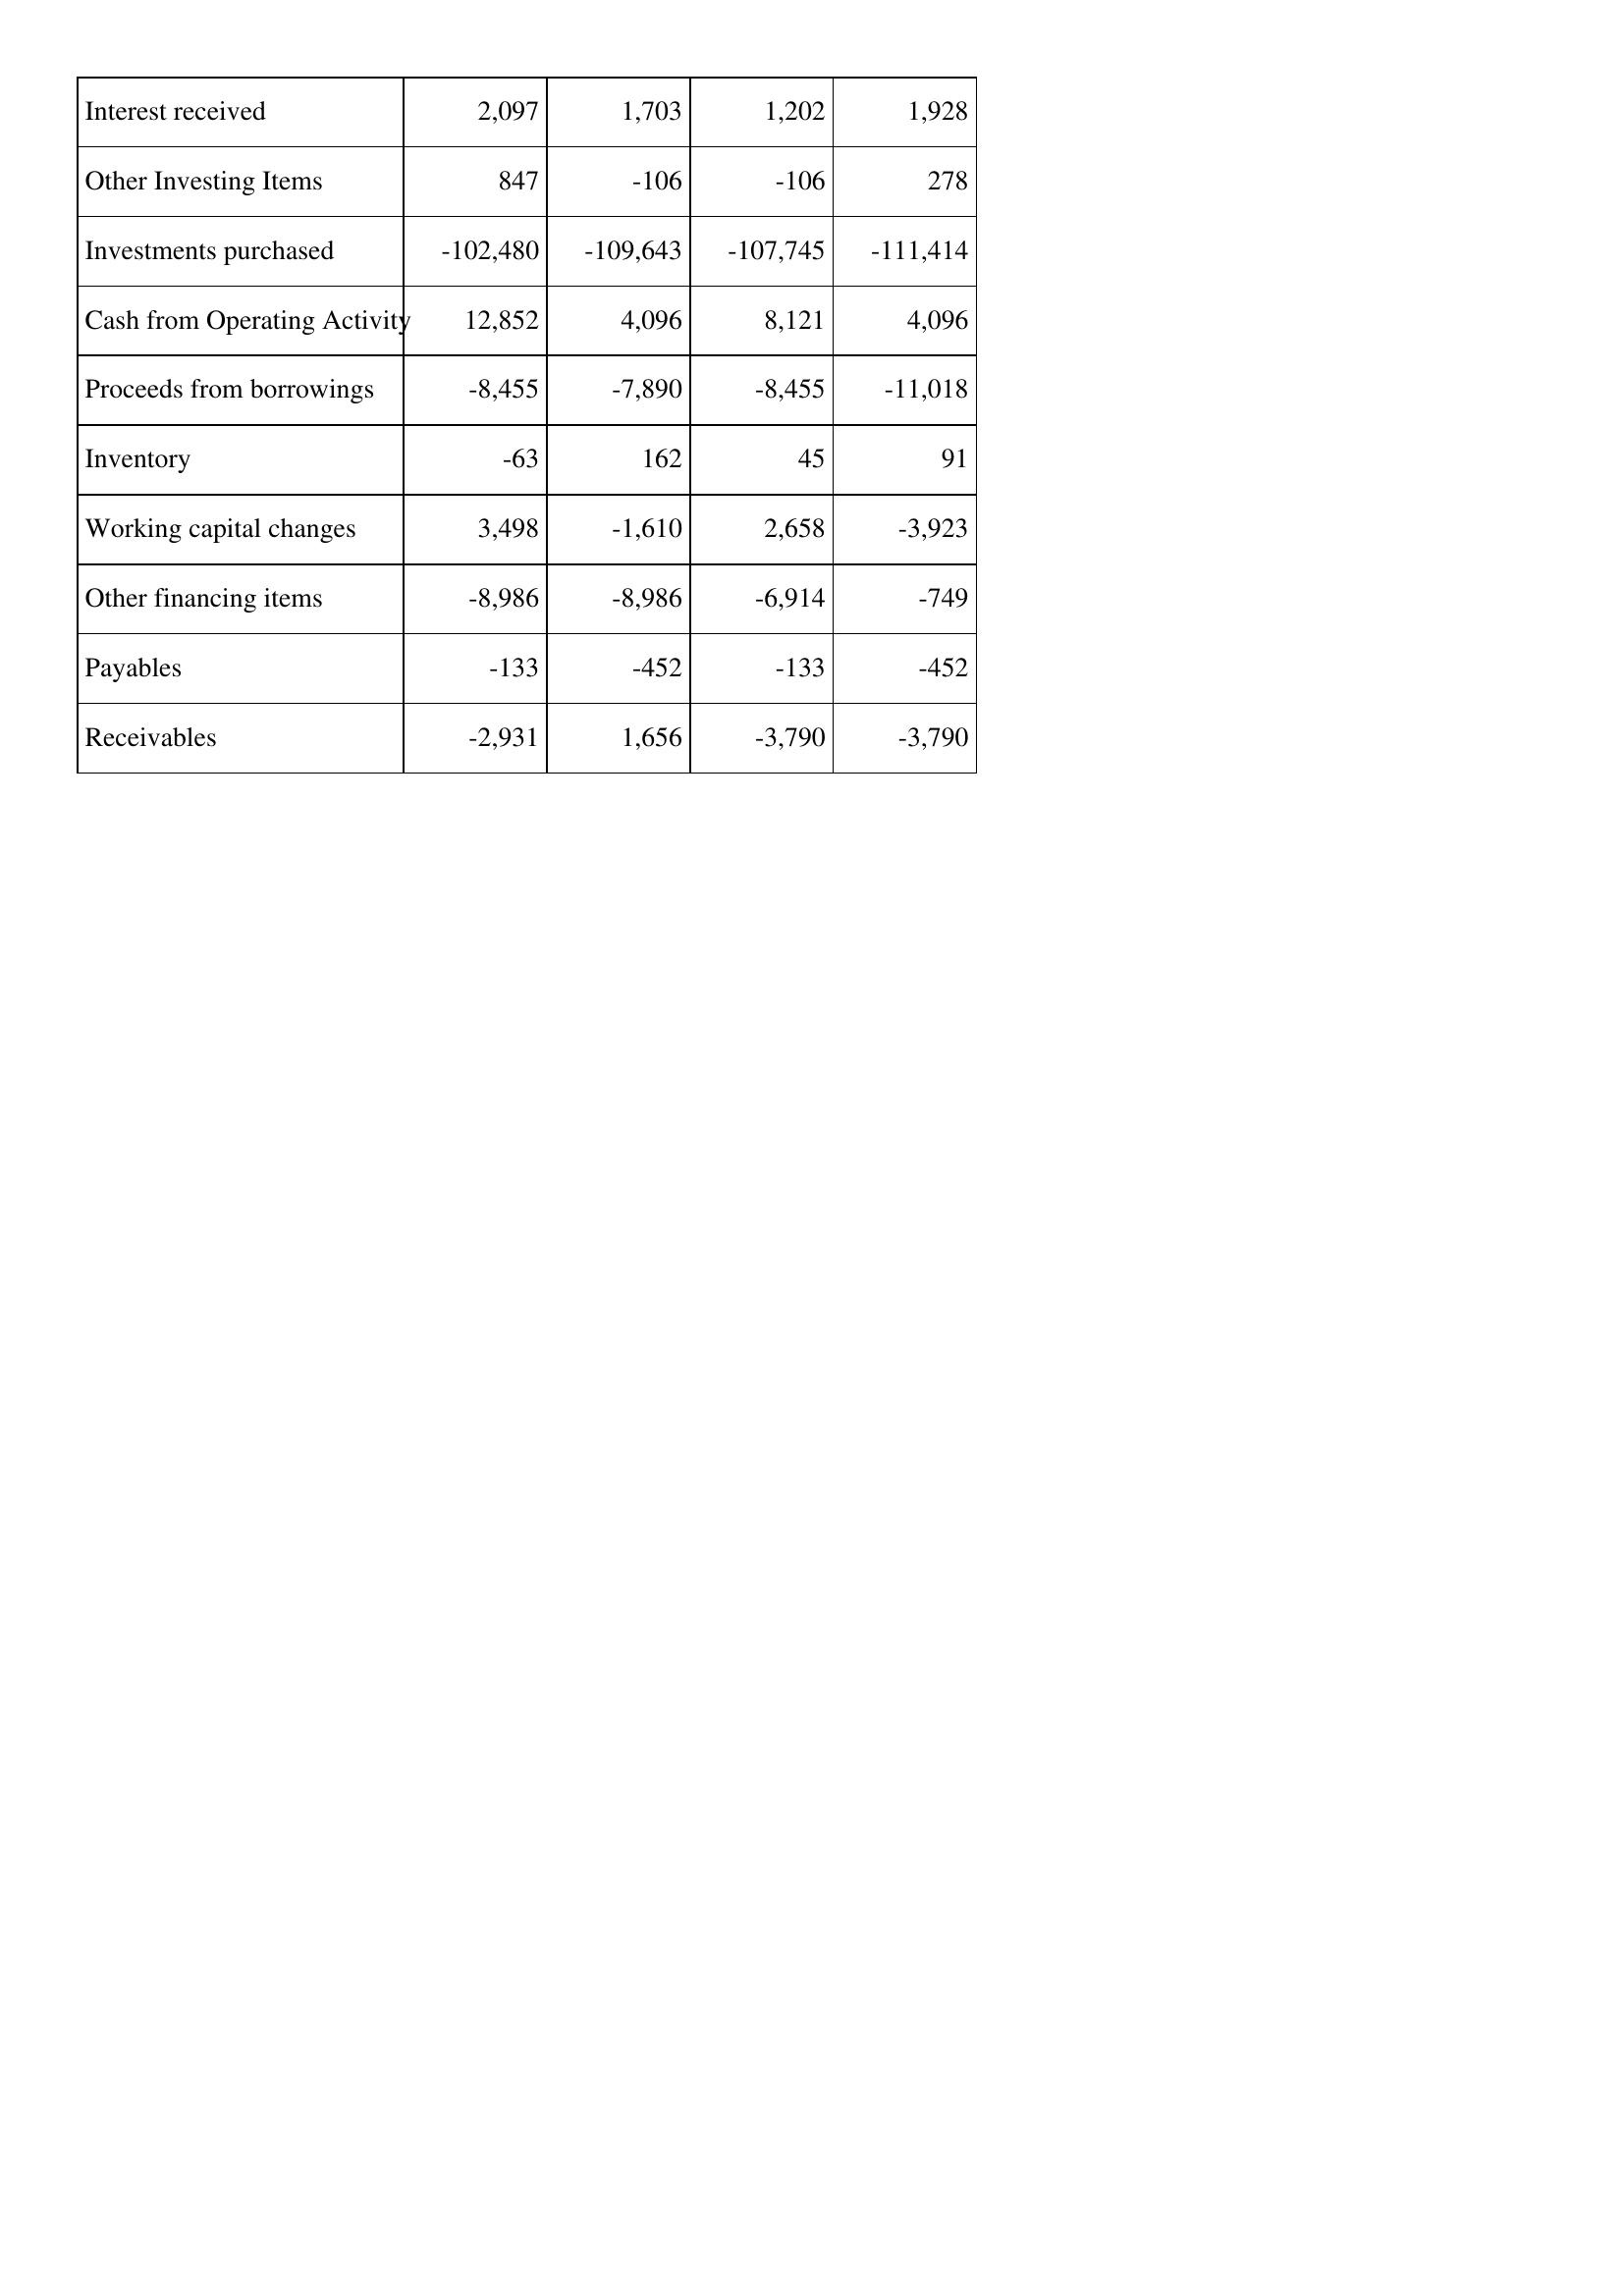
Mar-05: Cash Flows: Interest received: 2,097
Other Investing Items: 847
Investments purchased: -102,480
Cash from Operating Activity: 12,852
Proceeds from borrowings: -8,455
Inventory: -63
Working capital changes: 3,498
Other financing items: -8,986
Payables: -133
Receivables: -2,931
Mar-04: Cash Flows: Interest received: 1,703
Other Investing Items: -106
Investments purchased: -109,643
Cash from Operating Activity: 4,096
Proceeds from borrowings: -7,890
Inventory: 162
Working capital changes: -1,610
Other financing items: -8,986
Payables: -452
Receivables: 1,656
Mar-03: Cash Flows: Interest received: 1,202
Other Investing Items: -106
Investments purchased: -107,745
Cash from Operating Activity: 8,121
Proceeds from borrowings: -8,455
Inventory: 45
Working capital changes: 2,658
Other financing items: -6,914
Payables: -133
Receivables: -3,790
Mar-02: Cash Flows: Interest received: 1,928
Other Investing Items: 278
Investments purchased: -111,414
Cash from Operating Activity: 4,096
Proceeds from borrowings: -11,018
Inventory: 91
Working capital changes: -3,923
Other financing items: -749
Payables: -452
Receivables: -3,790